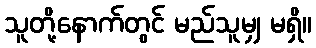
သူတို့နောက်တွင် မည်သူမျှ မရှိ။